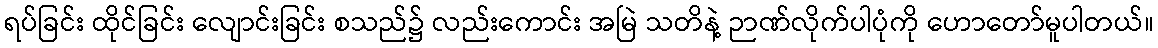
ရပ်ခြင်း ထိုင်ခြင်း လျောင်းခြင်း စသည်၌ လည်းကောင်း အမြဲ သတိနဲ့ ဉာဏ်လိုက်ပါပုံကို ဟောတော်မူပါတယ်။